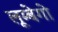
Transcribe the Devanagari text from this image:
लूम्बेगो